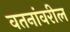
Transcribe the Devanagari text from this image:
वतनांवरील